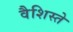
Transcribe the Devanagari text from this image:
वैशिस्ते